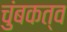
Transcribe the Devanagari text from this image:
चुंबकत्‍व